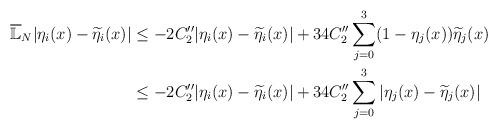
LaTeX: \begin{align*}\overline {\mathbb L}_N |\eta_i(x) - \widetilde \eta_i(x)| & \leq - 2C''_2 |\eta_i(x) - \widetilde \eta_i(x)| + 34 C''_2 \sum\limits_{j =0}^3 (1-\eta_j(x))\widetilde \eta_j(x) \\ & \leq - 2C''_2|\eta_i(x) - \widetilde \eta_i(x)| + 34 C''_2 \sum\limits_{j =0}^3 |\eta_j(x) - \widetilde \eta_j(x)|\end{align*}